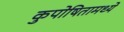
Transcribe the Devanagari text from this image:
कुपोषितामध्ये